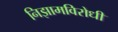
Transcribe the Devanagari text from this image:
निझामविरोधी